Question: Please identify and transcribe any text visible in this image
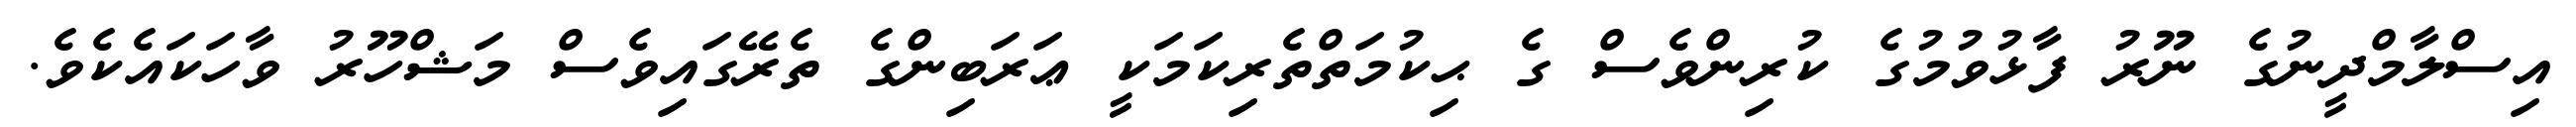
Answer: އިސްލާމްދީނުގެ ނޫރު ފާޅުވުމުގެ ކުރިންވެސް ގެ ޙިކުމަތްތެރިކަމަކީ ޢަރަބިންގެ ތެރޭގައިވެސް މަޝްހޫރު ވާހަކައެކެވެ.